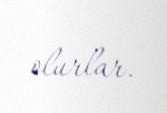
olurlar.